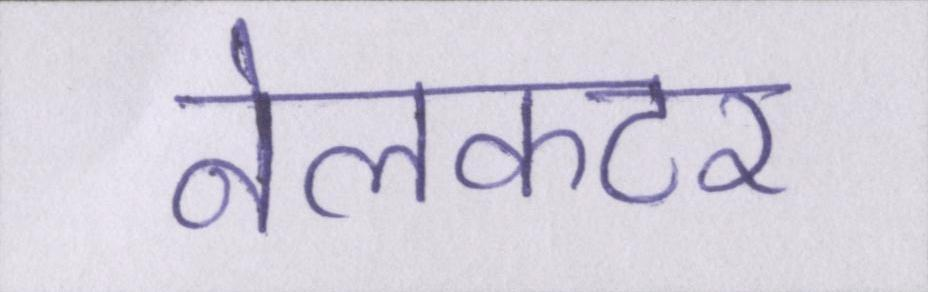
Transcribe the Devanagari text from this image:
नेलकटर